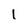
Character: l